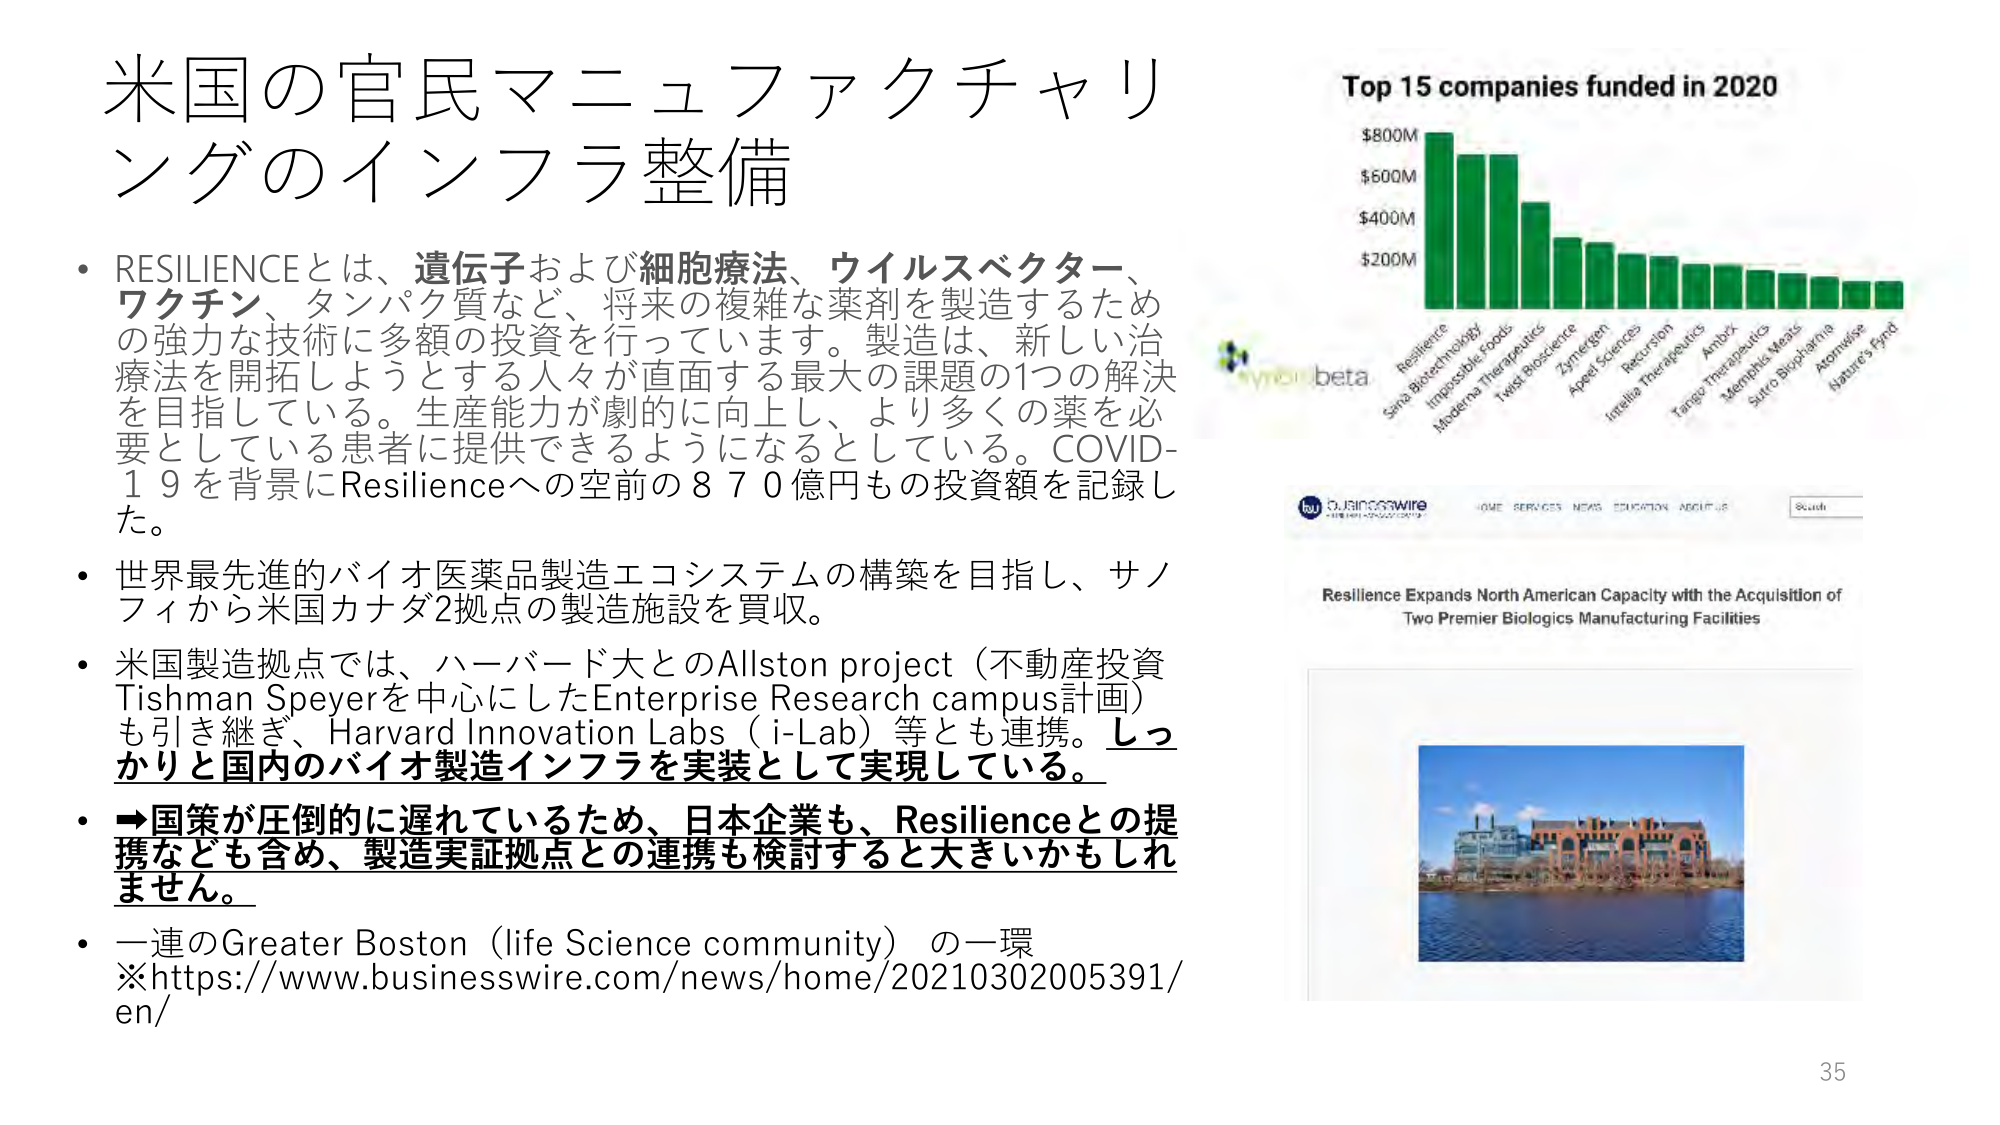
米国の官民マニュファクチャリングのインフラ整備

・RESILIENCEとは、遺伝子および細胞療法、ウイルスベクター、ワクチン、タンパク質など、将来の複雑な薬剤を製造するための強力な技術に多額の投資を行っています。製造は、新しい治療法を開拓しようとする人々が直面する最大の課題の1つの解決を目指している。生産能力が劇的に向上し、より多くの薬を必要としている患者に提供できるようになるとしている。COVID-19を背景にResilienceへの空前の870億円もの投資額を記録した。

・世界最先進的バイオ医薬品製造エコシステムの構築を目指し、サノフィから米国カナダ2拠点の製造施設を買収。

・米国製造拠点では、ハーバード大とのAllston project（不動産投資Tishman Speyerを中心にしたEnterprise Research campus計画）も引き継ぎ、Harvard Innovation Labs（i-Lab）等とも連携。しっかりと国内のバイオ製造インフラを実装として実現している。

・→国策が圧倒的に遅れているため、日本企業も、Resilienceとの提携なども含め、製造実証拠点との連携も検討すると大きいかもしれません。

・一連のGreater Boston（life Science community）の一環
※https://www.businesswire.com/news/home/20210302005391/en/

Top 15 companies funded in 2020
$800M
$600M
$400M
$200M
Resilience
Sana Biotechnology
Impossible Foods
Moderna Therapeutics
Twist Bioscience
Zymergen
Apeel Sciences
Recursion
Intellia Therapeutics
Amphiox
Tango Therapeutics
Memphis Meats
Sutro Biopharma
Atomwise
Nature's Fynd

businesswire
HOME SERVICES NEWS EDUCATION ABOUT US
Search

Resilience Expands North American Capacity with the Acquisition of Two Premier Biologics Manufacturing Facilities

35